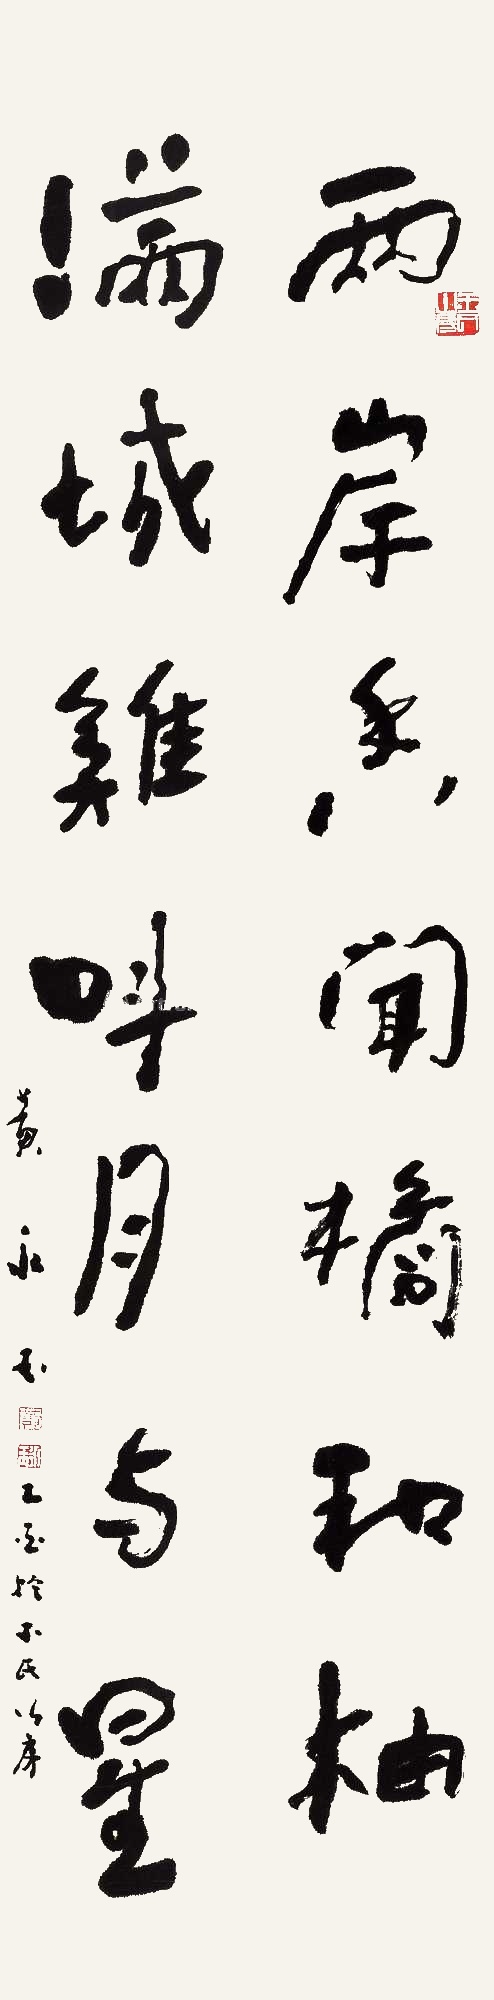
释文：两岸香闻橘和柚，满城鸡叫月与星。黄永玉乙酉于玉氏山房。